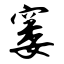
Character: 窭